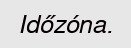
Időzóna.